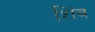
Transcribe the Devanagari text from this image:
शिंब